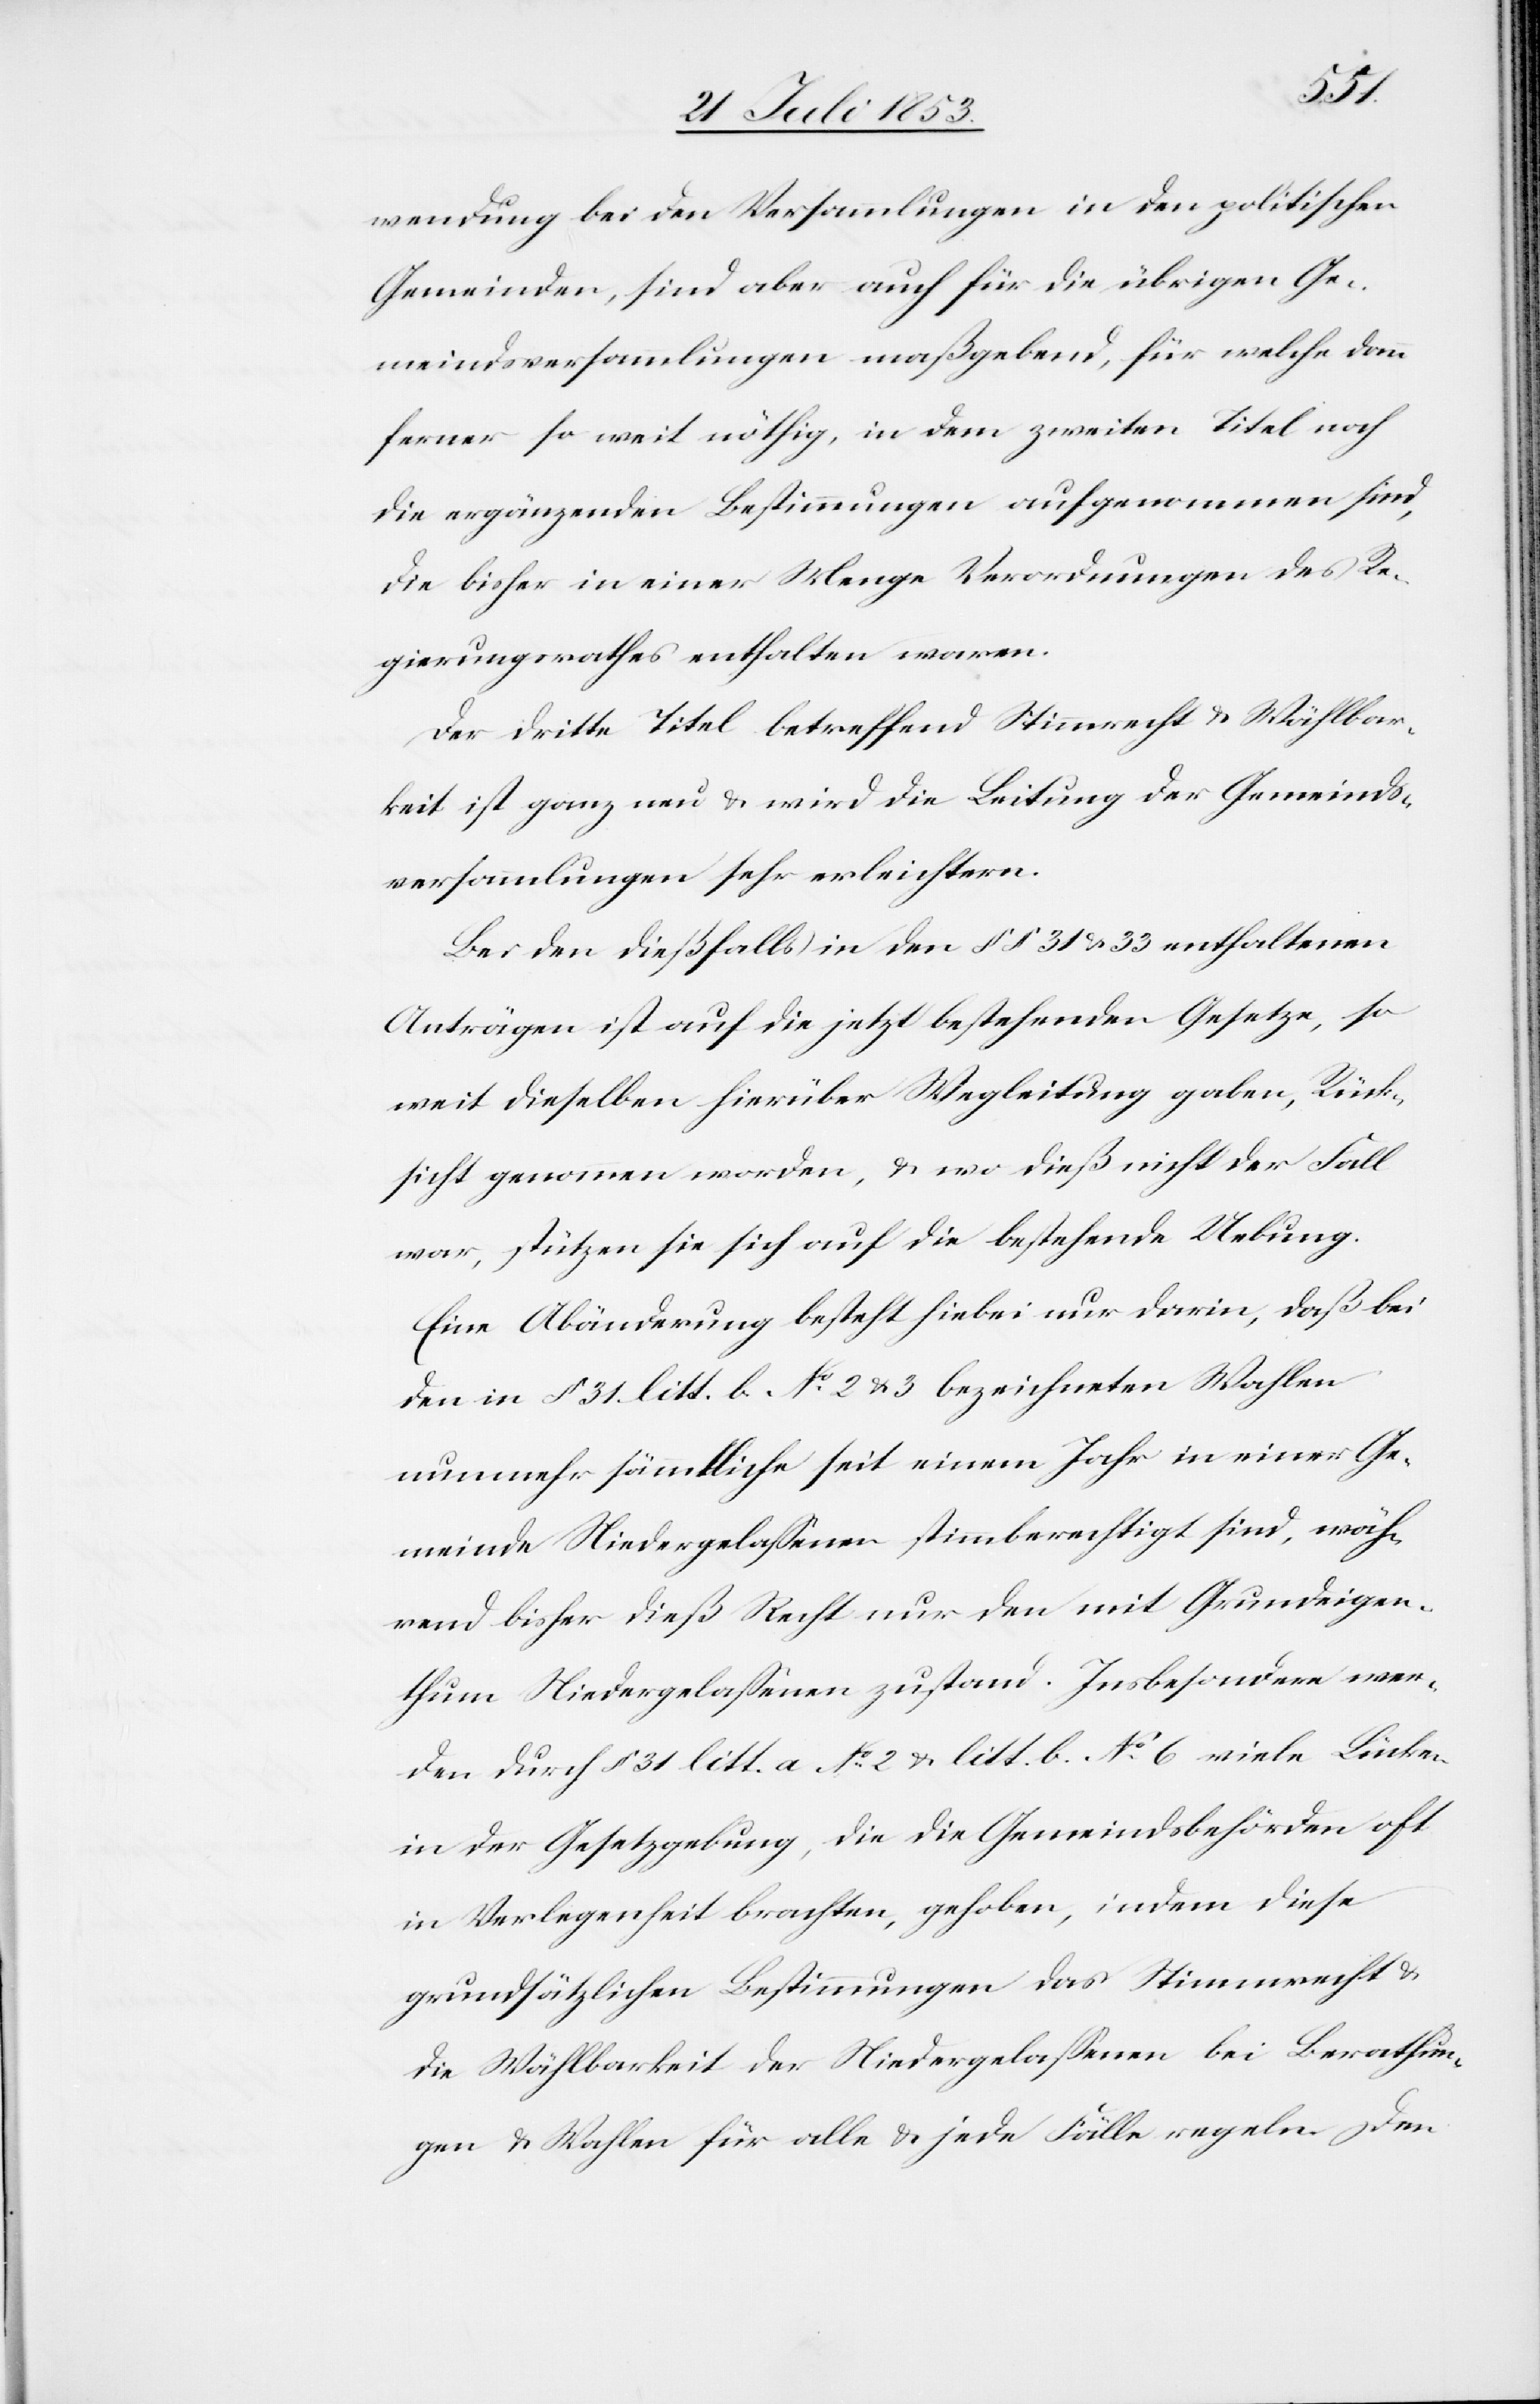
wendung bei den Verhandlungen in den politischen
Gemeinden, sind aber auch für die übrigen Ge¬
meindsversammlungen maßgebend, für welche dann
ferner so weit nöthig, in dem zweiten Titel noch
die ergänzenden Bestimmungen aufgenommen sind,
die bisher in einer Menge Verordnungen des Re¬
gierungsrathes enthalten waren.
Der dritte Titel betreffend Stimmrecht u. Wählbar¬
keit ist ganz neu u. wird die Leitung der Gemeinds¬
versammlungen sehr erleichtern.
Bei den dießfalls in den §§ 31 u. 33 enthaltenen
Anträgen ist auf die jetzt bestehenden Gesetze, so
weit dieselben hierüber Wegleitung gaben, Rück¬
sicht genommen worden, u. wo dieß nicht der Fall
war, stützen sie sich auf die bestehende Uebung.
Eine Abänderung besteht hiebei nur darin, daß bei
den in § 31 litt. b. N°. 2 u. 3 bezeichneten Wahlen
nunmehr sämmtliche seit einem Jahr in einer Ge¬
meinde Niedergelaßenen stimmberechtigt sind, wäh¬
rend bisher dieß Recht nur den mit Grundeigen¬
thum Niedergelaßenen zustand. Insbesondere wer¬
den durch § 31 litt a N°. 2 u. litt b. N°. 6 viele Lücken
in der Gesetzgebung, die die Gemeindsbehörden oft
in Verlegenheit brachten, gehoben, indem diese
grundsätzlichen Bestimmungen das Stimmrecht u.
die Wählbarkeit der Niedergelaßenen bei Berathun¬
gen u. Wahlen für alle u. jede Fälle regeln. Den